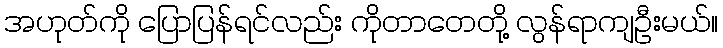
အဟုတ်ကို ပြောပြန်ရင်လည်း ကိုတာတေတို့ လွန်ရာကျဦးမယ်။